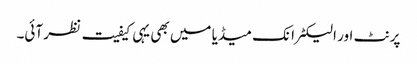
پرنٹ اور الیکٹرانک میڈیا میں بھی یہی کیفیت نظر آئی۔